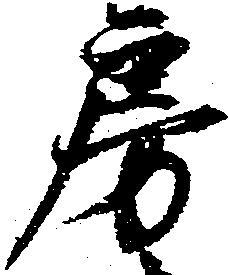
房